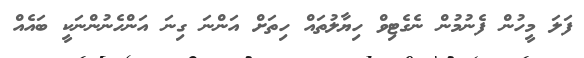
ފަލަ މީހުން ފެނުމުން ނެގެޓިވް ހިޔާލުތައް ހިތަށް އަންނަ ގިނަ އަންހެނުންނަކީ ބައެއް